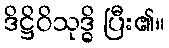
ဒိဋ္ဌိဝိသုဒ္ဓိ ပြီး၏။